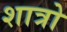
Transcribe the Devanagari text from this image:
शात्रो